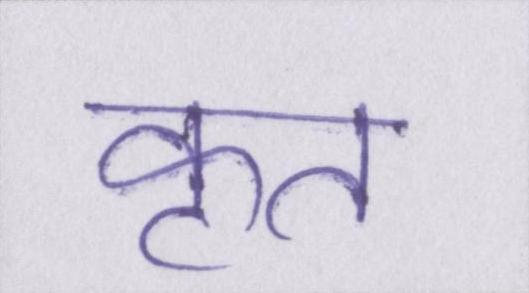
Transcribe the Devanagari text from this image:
कृत